Malaria in the Duars
Disease focus: Malaria
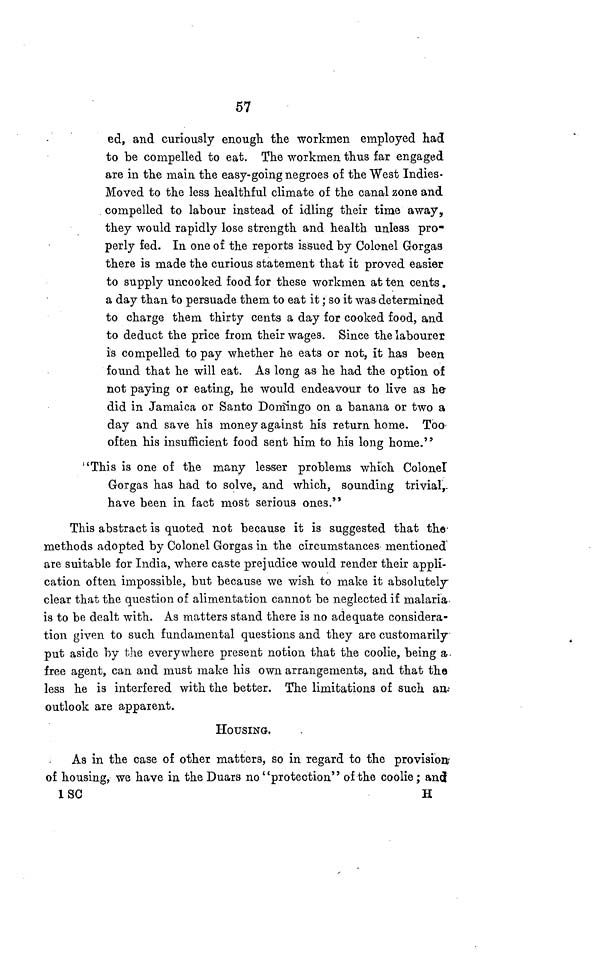
57
ed, and curiously enough the workmen employed had
to be compelled to eat. The workmen thus far engaged
are in the main the easy-going negroes of the West Indies-
Moved to the less healthful climate of the canal zone and
compelled to labour instead of idling their time away,
they would rapidly lose strength and health unless pro-
perly fed. In one of the reports issued by Colonel Gorgas
there is made the curious statement that it proved easier
to supply uncooked food for these workmen at ten cents.
a day than to persuade them to eat it ; so it was determined
to charge them thirty cents a day for cooked food, and
to deduct the price from their wages. Since the labourer
is compelled to pay whether he eats or not, it has been
found that he will eat. As long as he had the option of
not paying or eating, he would endeavour to live as he
did in Jamaica or Santo Domingo on a banana or two a
day and save his money against his return home. Too
often his insufficient food sent him to his long home."
"This is one of the many lesser problems which Colonel
Gorgas has had to solve, and which, sounding trivial,-
have been in fact most serious ones."
This abstract is quoted not because it is suggested that the
methods adopted by Colonel Gorgas in the circumstances mentioned
are suitable for India, where caste prejudice would render their appli-
cation often impossible, but because we wish to make it absolutely
clear that the question of alimentation cannot be neglected if malaria.
is to be dealt with. As matters stand there is no adequate considera-
tion given to such fundamental questions and they are customarily-
put aside by the everywhere present notion that the coolie, being a
free agent, can and must make his own arrangements, and that the
less he is interfered with the better. The limitations of such art-
outlook are apparent.
HOUSING.
As in the case of other matters, so in regard to the provision
of housing, we have in the Duars no "protection" of the coolie ; and
1 SC
H